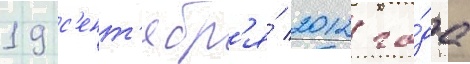
19 с'ент'ябр'я́ 2012 го́да